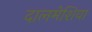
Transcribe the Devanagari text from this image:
दालमेशिया